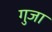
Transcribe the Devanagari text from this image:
गुजा